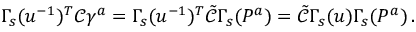
\Gamma _ { s } ( u ^ { - 1 } ) ^ { T } \mathcal { C } \gamma ^ { a } = \Gamma _ { s } ( u ^ { - 1 } ) ^ { T } \tilde { \mathcal { C } } \Gamma _ { s } ( P ^ { a } ) = \tilde { \mathcal { C } } \Gamma _ { s } ( u ) \Gamma _ { s } ( P ^ { a } ) \, .